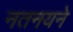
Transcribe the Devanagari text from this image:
नतनयने